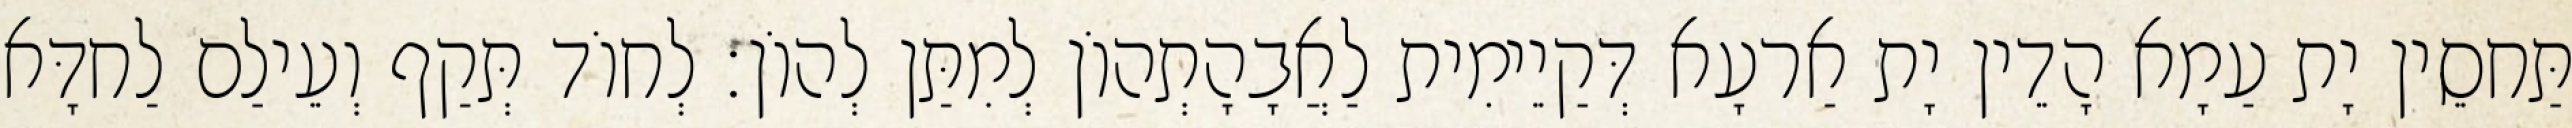
תַּחסֵין יָת עַמָא הָדֵין יָת אַרעָא דְּקַיֵימִית לַאֲבָהָתְהוֹן לְמִתַּן לְהוֹן׃ לְחוֹד תְּקַף וְעֵילַם לַחדָּא